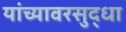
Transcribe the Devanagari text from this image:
यांच्यावरसुद्धा